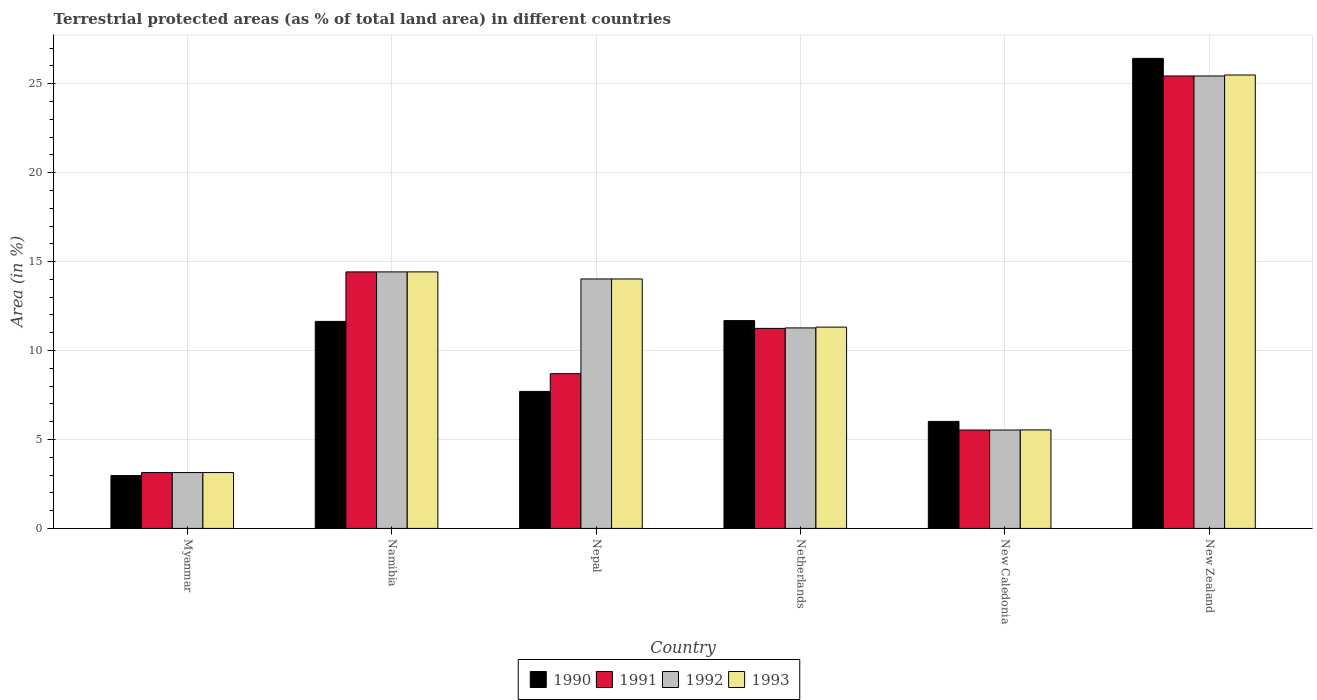
| Country | 1990 | 1991 | 1992 | 1993 |
 | --- | --- | --- | --- | --- |
 | Myanmar | 2.97 | 3.14 | 3.14 | 3.14 |
 | Namibia | 11.6 | 14.4 | 14.4 | 14.4 |
 | Nepal | 7.7 | 8.7 | 14 | 14 |
 | Netherlands | 11.7 | 11.2 | 11.3 | 11.3 |
 | New Caledonia | 6.02 | 5.53 | 5.53 | 5.54 |
 | New Zealand | 26.4 | 25.4 | 25.4 | 25.5 |